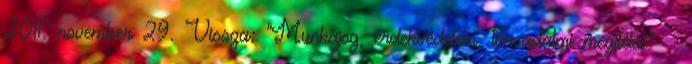
2011. november 29. Vissza: “Munkajog, érdekvédelem, társadalmi megítélés” ↳